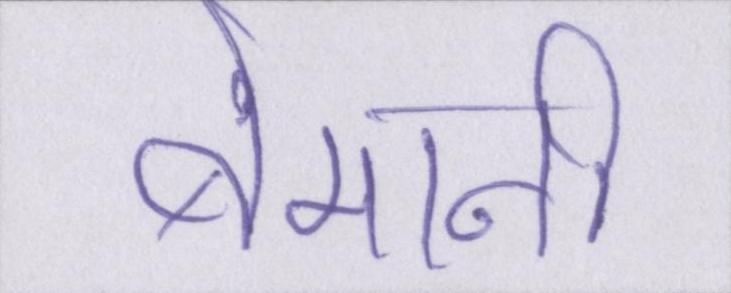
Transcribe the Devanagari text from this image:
बेमानी